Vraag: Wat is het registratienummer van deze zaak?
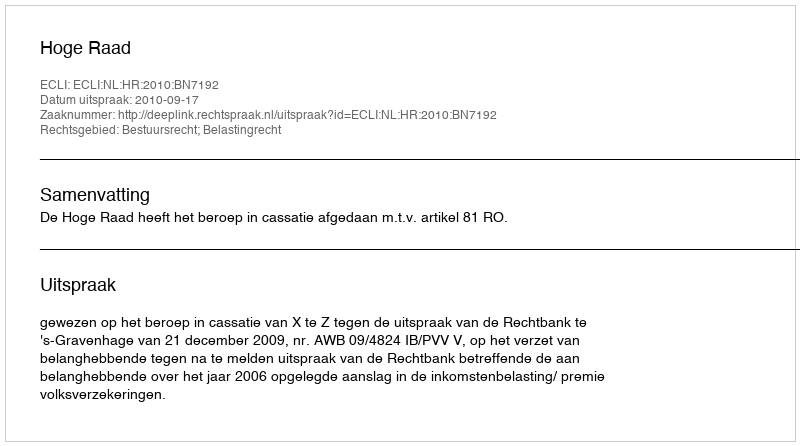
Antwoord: http://deeplink.rechtspraak.nl/uitspraak?id=ECLI:NL:HR:2010:BN7192